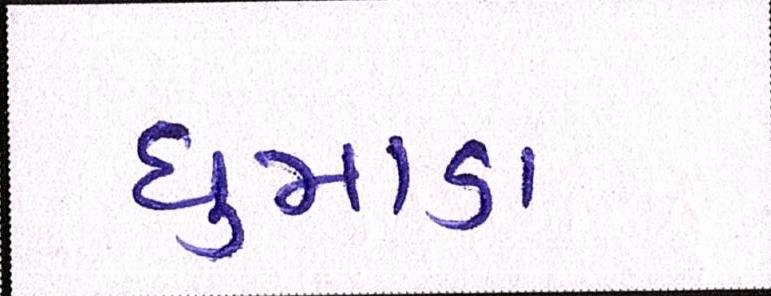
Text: ધુમાડા